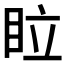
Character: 𥅈